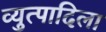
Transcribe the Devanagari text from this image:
व्युत्पादिला